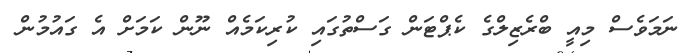
ނަމަވެސް މިއީ ބްރެޒިލްގެ ކެޕްޓަން ގަސްތުގައި ކުރިކަމެއް ނޫން ކަމަށް އެ ގައުމުން